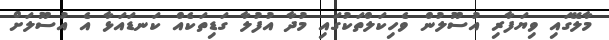
މާލޭގައި ވިޔަފާރި އުސޫލުން ވެހިކަލްތަކުގައި މުދާ އުފުލާ ގަޑިތަކެއް ކަނޑައަޅާ އެ އުސޫލަށް